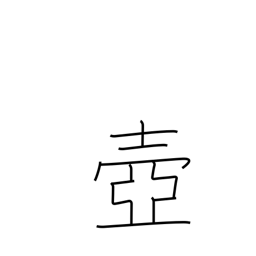
Meaning: pot